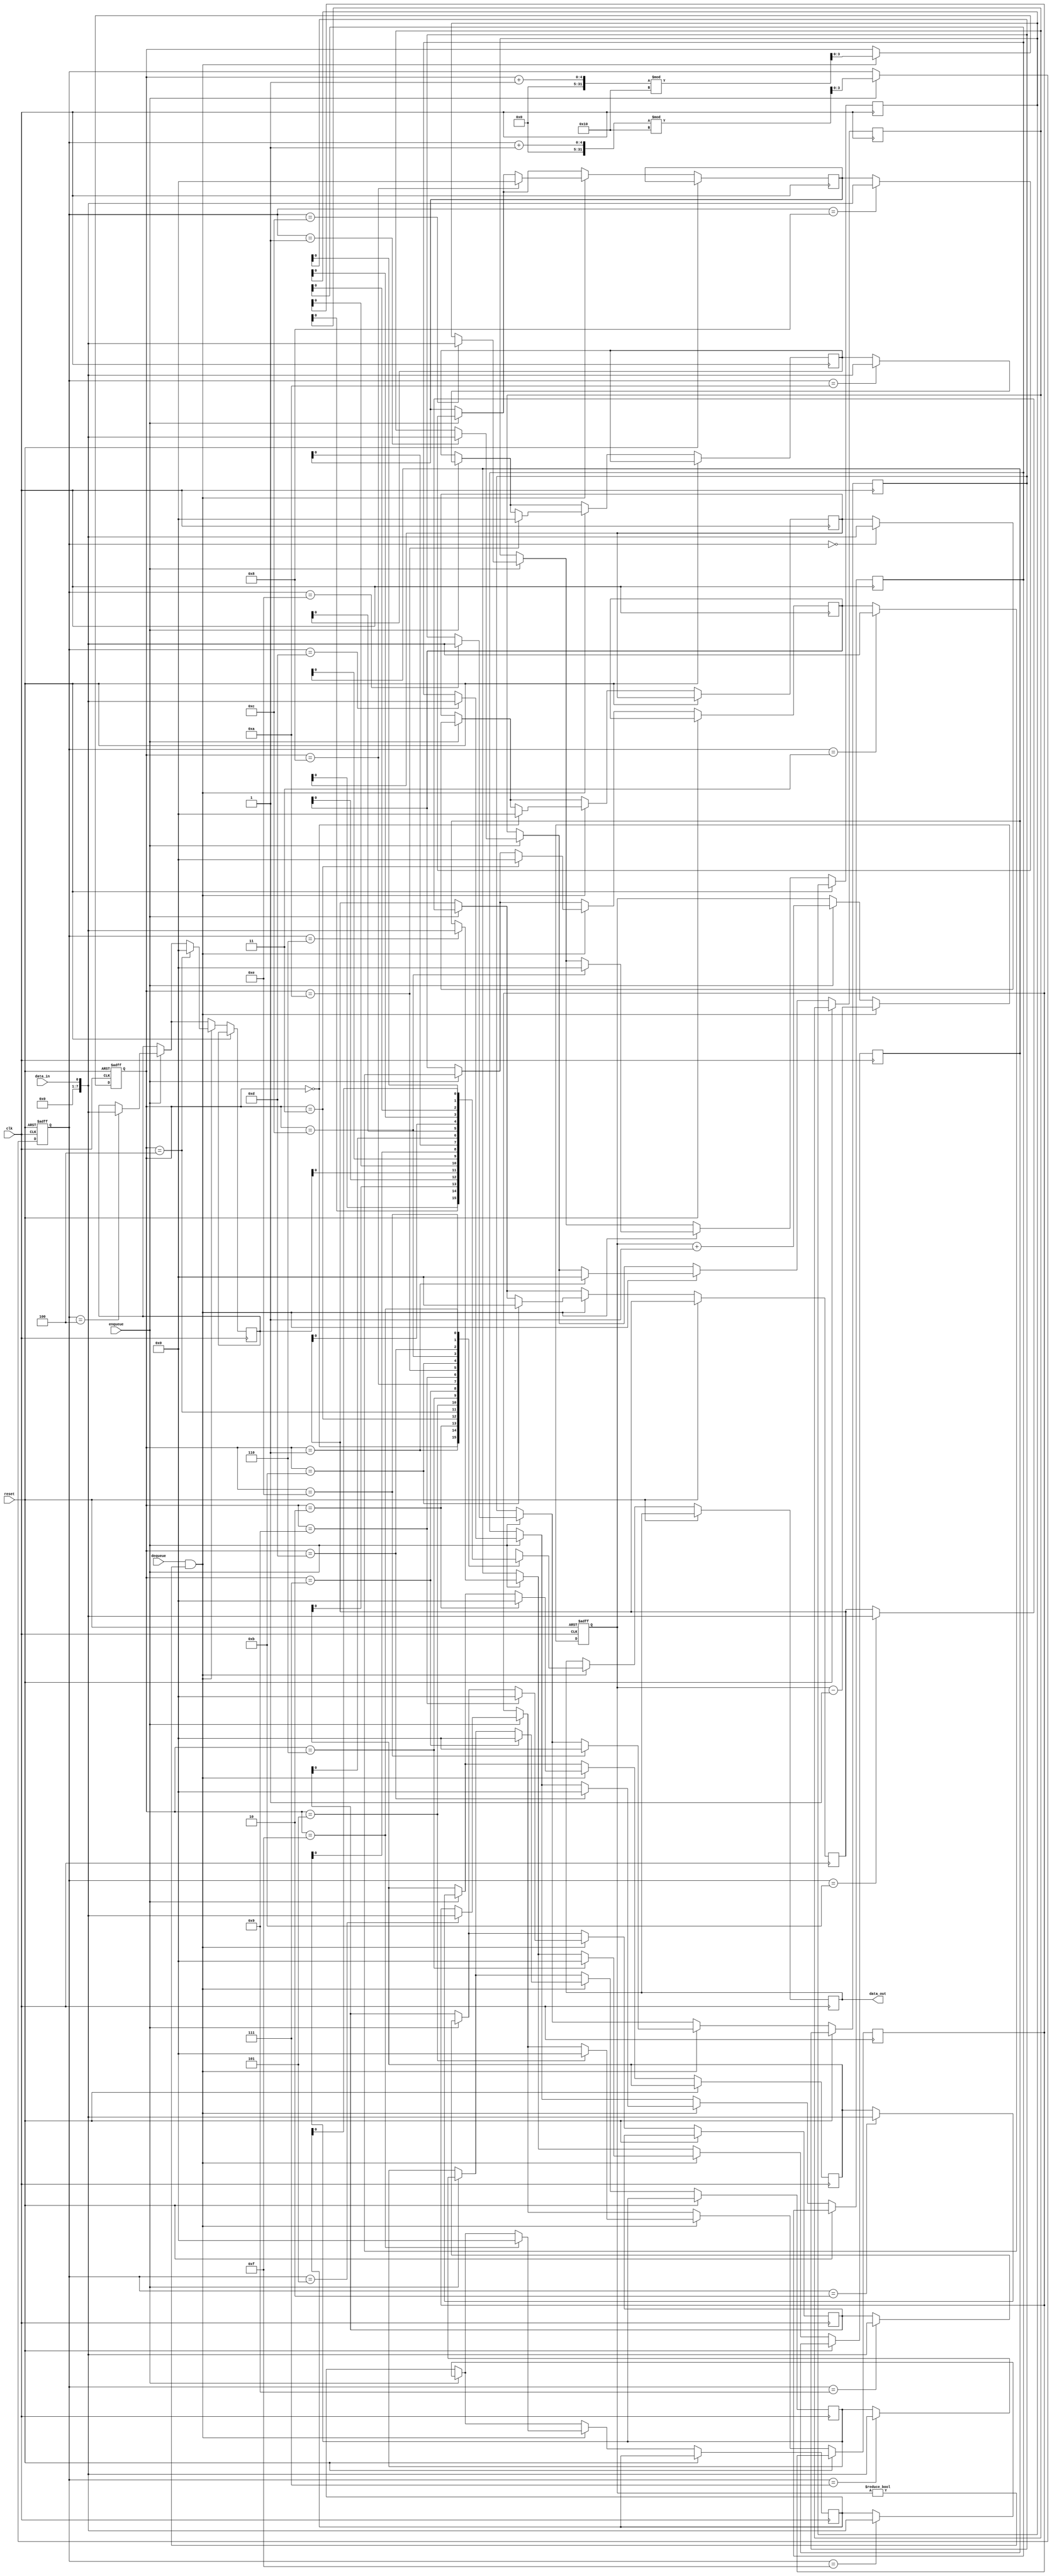
module fifo_buffer(
    input wire clk,
    input wire reset,
    
    input wire data_in,
    input wire enqueue,
    input wire dequeue,
    
    output reg data_out
);

parameter BUFFER_SIZE = 16;
reg [7:0] buffer [0:BUFFER_SIZE-1];
reg [3:0] head;
reg [3:0] tail;
reg [3:0] count;

always @(posedge clk or posedge reset) begin
    if (reset) begin
        head <= 4'b0000;
        tail <= 4'b0000;
        count <= 4'b0000;
    end else begin
        if (enqueue && count != BUFFER_SIZE) begin
            buffer[head] <= data_in;
            head <= (head + 1) % BUFFER_SIZE;
            count <= count + 1;
        end
        
        if (dequeue && count != 0) begin
            data_out <= buffer[tail];
            buffer[tail] <= 0;
            tail <= (tail + 1) % BUFFER_SIZE;
            count <= count - 1;
        end
    end
end

endmodule